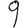
Digit: 9